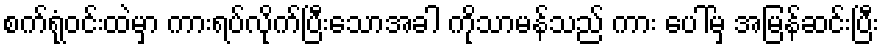
စက်ရုံဝင်းထဲမှာ ကားရပ်လိုက်ပြီးသောအခါ ကိုသာမန်သည် ကား ပေါ်မှ အမြန်ဆင်းပြီး